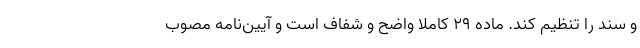
و سند را تنظیم کند. ماده ۲۹ کاملاً‌ واضح و شفاف است و آیین‌نامه مصوب